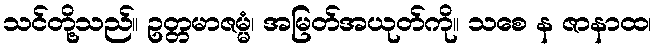
သင်တို့သည်။ ဥတ္တမာဇမ္မံ၊ အမြတ်အယုတ်ကို။ သစေ န ဇာနာထ၊